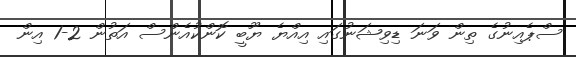
ސްޕެއިނުގެ ތިން ވަނަ ޑިވިޝަނުގައި އިއްޔެ ޔޫބީ ކޮންކުއެންސް އަތުން 2-1 އިން